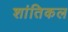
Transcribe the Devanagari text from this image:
शांतिकल